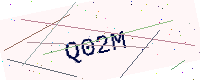
Text: Q02M